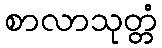
စာလာသုတ္တံ